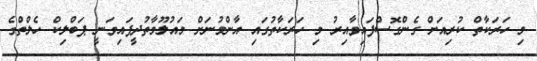
މި ހަރަކާތް ކުރިއަށް ގެންގޮސްފައިވާއިރު މި ހަރަކާތުގައި އާންމުނަށް މައުލޫމާތުދީފައިވަނީ ޕަބްލިކް ހެލްތްގެ